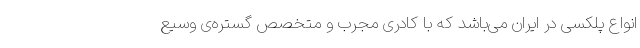
انواع پلکسی در ایران می‌باشد که با کادری مجرب و متخصص گستره‌ی وسیع